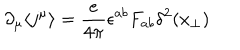
LaTeX: \partial _ { \mu } \langle j ^ { \mu } \rangle = \frac { e } { 4 \pi } \epsilon ^ { a b } F _ { a b } \delta ^ { 2 } ( x _ { \perp } )